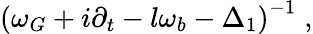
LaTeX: \left(\omega_{G}+i\partial_{t}-l\omega_{b}-\Delta_{1}\right)^{-1}\; ,